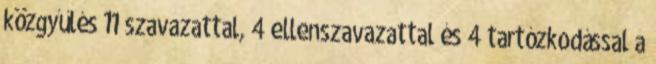
közgyűlés 11 szavazattal, 4 ellenszavazattal és 4 tartózkodással a